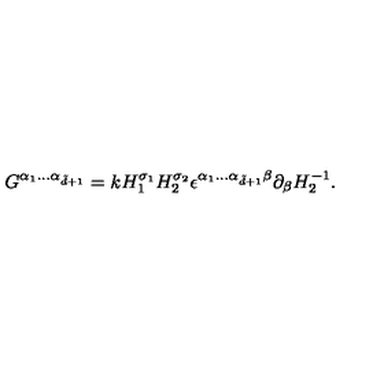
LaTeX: G ^ { \alpha _ { 1 } . . . \alpha _ { \tilde { d } + 1 } } = k H _ { 1 } ^ { \sigma _ { 1 } } H _ { 2 } ^ { \sigma _ { 2 } } \epsilon ^ { \alpha _ { 1 } . . . \alpha _ { \tilde { d } + 1 } \beta } \partial _ { \beta } H _ { 2 } ^ { - 1 } .